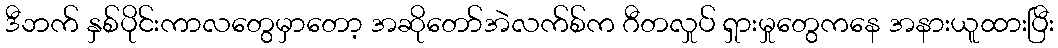
ဒီဘက် နှစ်ပိုင်းကာလတွေမှာတော့ အဆိုတော်အဲလက်စ်က ဂီတလှုပ် ရှားမှုတွေကနေ အနားယူထားပြီး